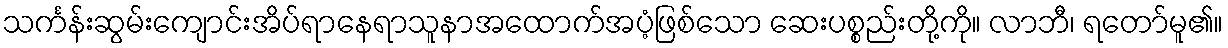
သင်္ကန်းဆွမ်းကျောင်းအိပ်ရာနေရာသူနာအထောက်အပံ့ဖြစ်သော ဆေးပစ္စည်းတို့ကို။ လာဘီ၊ ရတော်မူ၏။